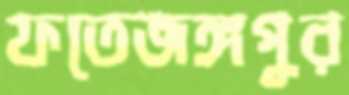
ফতেজঙ্গপুর